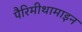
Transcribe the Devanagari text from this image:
पैरिमीथामाइन